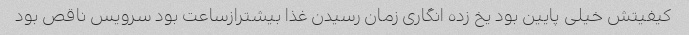
کیفیتش خیلی پایین بود یخ زده انگاری زمان رسیدن غذا بیشترازساعت بود سرویس ناقص بود